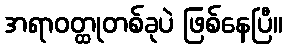
အရာဝတ္ထုတစ်ခုပဲ ဖြစ်နေပြီ။